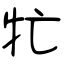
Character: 牤